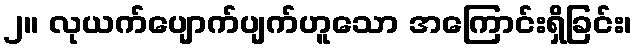
၂။ လုယက်ပျောက်ပျက်ဟူသော အကြောင်းရှိခြင်း၊